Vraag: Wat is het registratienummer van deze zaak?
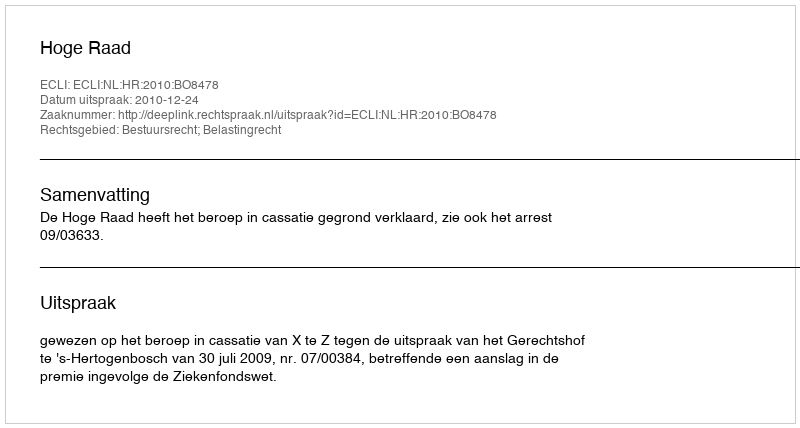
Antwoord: http://deeplink.rechtspraak.nl/uitspraak?id=ECLI:NL:HR:2010:BO8478